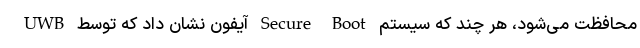
UWB آیفون نشان داد که توسط Secure Boot محافظت می‌شود، هر چند که سیستم